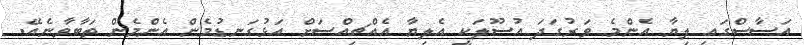
އަސާސްގައި ލިޔާ އެންމެ ވަރުގަދަ އުސޫލަކީ އެލިޔާ އެއްޗިއްސަށް އަޅުގަނޑުމެން އެންމެން ތަބާވާނެއޭ.